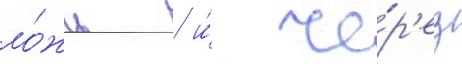
ло́жь / и́ че́р'ез